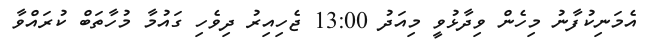
އެމަނިކުފާނު މިހެން ވިދާޅުވީ މިއަދު 13:00 ޖެހިއިރު ދިވެހި ގައުމާ މުހާތަބް ކުރައްވާ